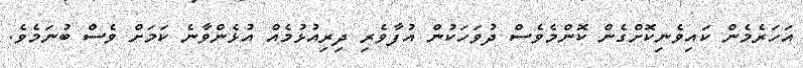
އަހަރެމެން ކައިވެނިކޮށްގެން ކޮންމެވެސް ދުވަހަކުން އުފާވެރި ދިރިއުޅުމެއް އުޅެންވާނެ ކަމަށް ވެސް ބުނަމެވެ.